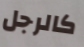
كالرجل